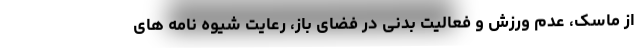
از ماسک، عدم ورزش و فعالیت بدنی در فضای باز، رعایت شیوه نامه های